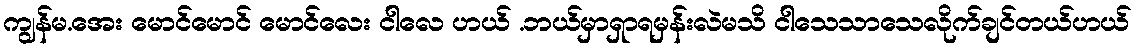
ကျွန်မ.အေး မောင်မောင် မောင်လေး ငါလေ ဟယ် .ဘယ်မှာရှာရမှန်းလဲမသိ ငါသေသာသေလိုက်ချင်တယ်ဟယ်